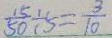
\frac { 1 5 } { 5 0 } \div 5 = \frac { 3 } { 1 0 }